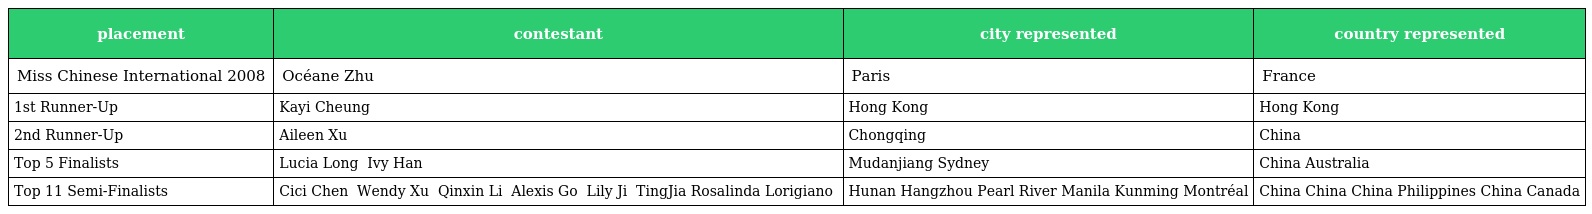
| placement | contestant | city represented | country represented |
 | --- | --- | --- | --- |
 | Miss Chinese International 2008 | Océane Zhu 朱璇 | Paris | France |
 | 1st Runner-Up | Kayi Cheung 張嘉兒 | Hong Kong | Hong Kong |
 | 2nd Runner-Up | Aileen Xu 徐萌 | Chongqing | China |
 | Top 5 Finalists | Lucia Long 龍洋 Ivy Han 韓曉丹 | Mudanjiang Sydney | China Australia |
 | Top 11 Semi-Finalists | Cici Chen 陳麗 Wendy Xu 徐弋雯 Qinxin Li 李沁芯 Alexis Go 吳佳穎 Lily Ji 吉麗 TingJia Rosalinda Lorigiano 黃婷佳 | Hunan Hangzhou Pearl River Manila Kunming Montréal | China China China Philippines China Canada |